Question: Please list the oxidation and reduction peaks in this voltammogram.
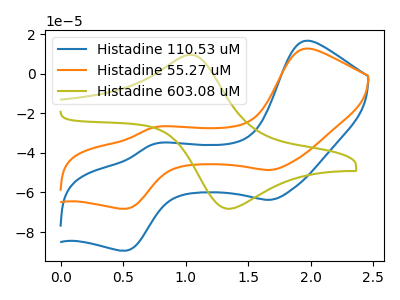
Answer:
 <answer>The blue curve "Histadine 110.53 uM" has anodic peaks at (1.95V, 16.65uA) (0.75V, -35.45uA) and cathodic peaks at (1.70V, -63.70uA) (0.55V, -89.40uA). The orange curve "Histadine 55.27 uM" has anodic peaks at (1.95V, 12.70uA) (0.75V, -27.05uA) and cathodic peaks at (1.70V, -48.60uA) (0.55V, -68.20uA). The olive curve "Histadine 603.08 uM" has an anodic peak at (1.05V, 9.60uA) and a cathodic peak at (1.35V, -68.25uA).</answer>
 <eval></eval>